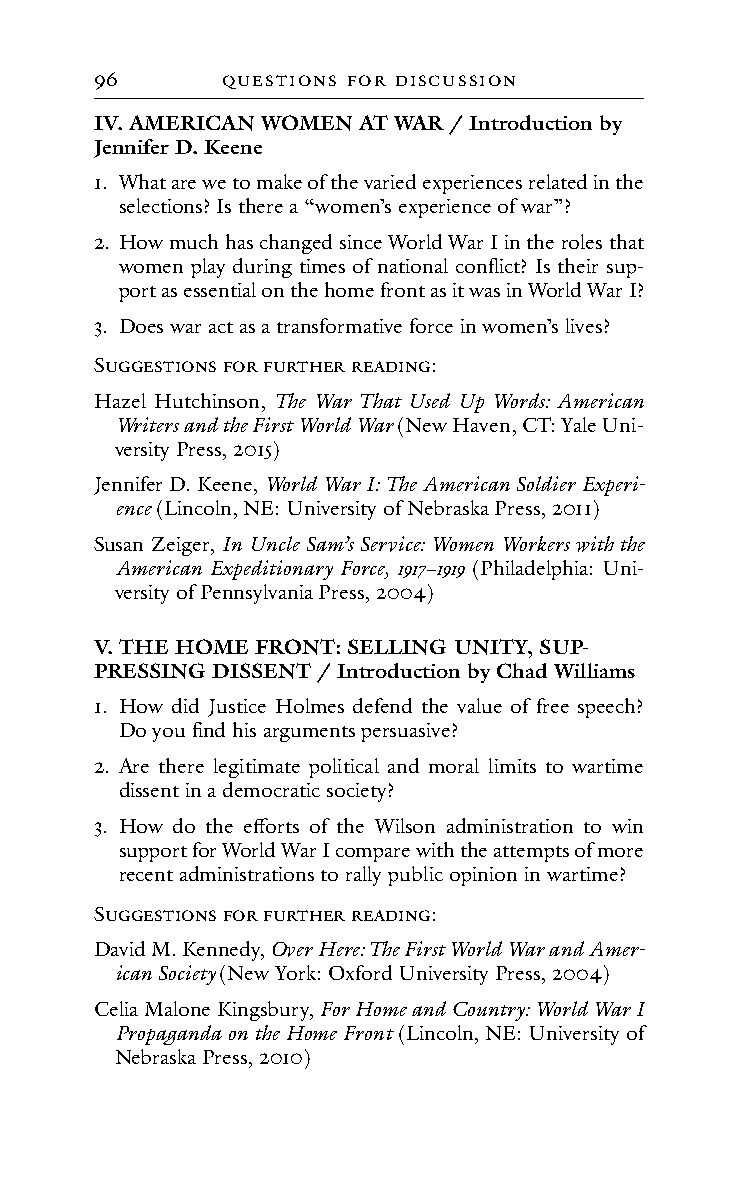
96       QuestIons foR dIscussIon
 IV. AMERICAN WOMEN AT WAR / Introduction by
 Jennifer D. Keene
 1. What are we to make of the varied experiences related in the
 selections? Is there a “women’s experience of war”?
 2. How much has changed since World War I in the roles that
 women play during times of national conflict? Is their sup-
 port as essential on the home front as it was in World War I?
 3. Does war act as a transformative force in women’s lives?
 SuGGestIons foR fuRtHeR ReAdInG:
 Hazel Hutchinson, The War That Used Up Words: American
 Writers and the First World War (New Haven, CT: Yale Uni-
 versity Press, 2015)
 Jennifer D. Keene, World War I: The American Soldier Experi-
 ence (Lincoln, NE: University of Nebraska Press, 2011)
 Susan Zeiger, In Uncle Sam’s Service: Women Workers with the
 American Expeditionary Force, 1917−1919 (Philadelphia: Uni-
 versity of Pennsylvania Press, 2004)
 V. THE HOME FRONT: SELLING UNITY, SUP-
 PRESSING DISSENT / Introduction by Chad Williams
 1. How did Justice Holmes defend the value of free speech?
 Do you find his arguments persuasive?
 2. Are there legitimate political and moral limits to wartime
 dissent in a democratic society?
 3. How do the efforts of the Wilson administration to win
 support for World War I compare with the attempts of more
 recent administrations to rally public opinion in wartime?
 SuGGestIons foR fuRtHeR ReAdInG:
 David M. Kennedy, Over Here: The First World War and Amer-
 ican Society (New York: Oxford University Press, 2004)
 Celia Malone Kingsbury, For Home and Country: World War I
 Propaganda on the Home Front (Lincoln, NE: University of
 Nebraska Press, 2010)